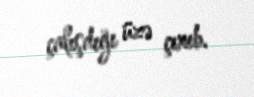
çalışdığı üzə çıxıb.